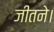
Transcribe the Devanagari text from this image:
जीतने।